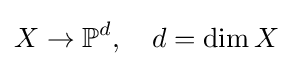
X\to \mathbb {P} ^{d},\quad d=\dim X